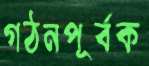
গঠনপূর্বক